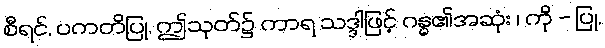
စီရင်, ပကတိပြု, ဤသုတ်၌ ကာရ သဒ္ဒါဖြင့် ဂန္ဓ၏အဆုံး ၊ ကို - ပြု,